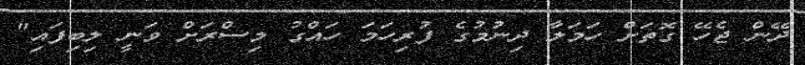
ދޭން ޖެހޭ ގޮތަށް ހަމަލާ ދިނުމުގެ ފުރިހަމަ ހައްގު މިސްރަށް ވަނީ ލިބިފައި"